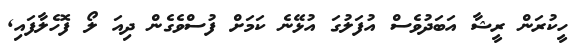
ހީކުރަން ރީޝާ އަބަދުވެސް އުފަލުގަ އުޅޭނެ ކަމަށް ފުސްވެގެން ދިއަ ލޯ ފޮހެލާފައި